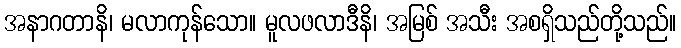
အနာဂတာနိ၊ မလာကုန်သော။ မူလဖလာဒီနိ၊ အမြစ် အသီး အစရှိသည်တို့သည်။